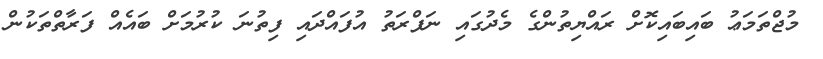
މުޖްތަމަޢު ބައިބައިކޮށް ރައްޔިތުންގެ މެދުގައި ނަފްރަތު އުފައްދައި ފިތުނަ ކުރުމަށް ބައެއް ފަރާތްތަކުން